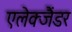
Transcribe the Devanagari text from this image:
एलेक्जैंडर